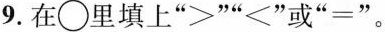
9. 在\bigcirc里填上“＞”“＜”或“＝”